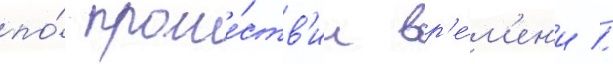
по́ проше́ств'ии вр'е́м'ен'и //